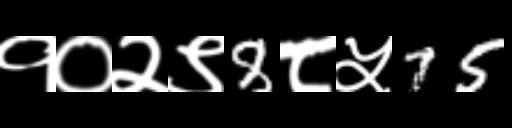
Text: १०२९8८५75